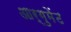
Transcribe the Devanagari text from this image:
आर्गुमेंट